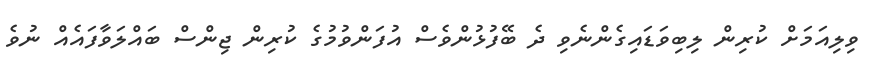
ވިލިއަމަށް ކުރިން ލިބިވަޑައިގެންނެވި ދެ ބޭފުޅުންވެސް އުފަންވުމުގެ ކުރިން ޖިންސް ބައްލަވާފައެއް ނުވެ